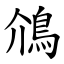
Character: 䲸